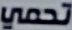
تحمي